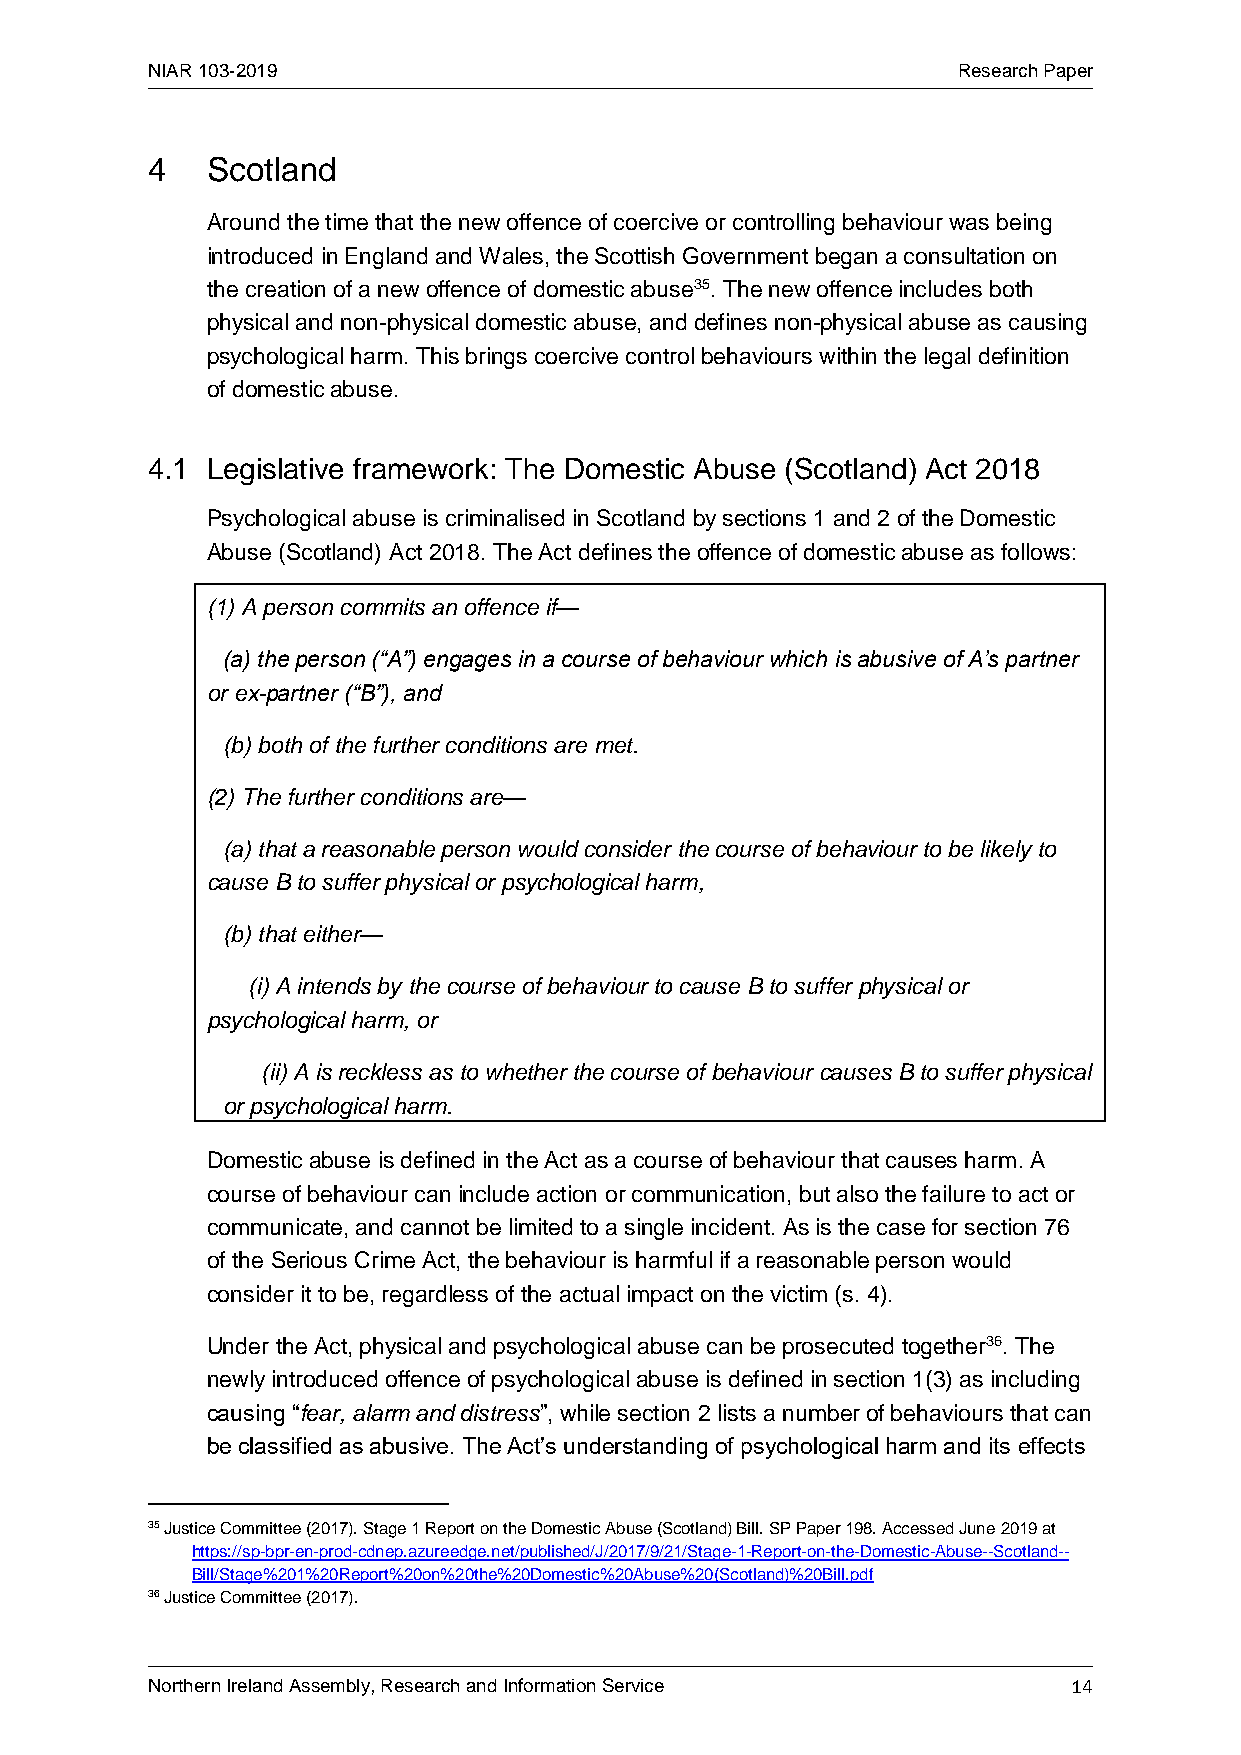
NIAR 103-2019                                        Research Paper
 4   Scotland
 Around the time that the new offence of coercive or controlling behaviour was being
 introduced in England and Wales, the Scottish Government began a consultation on
 the creation of a new offence of domestic abuse35. The new offence includes both
 physical and non-physical domestic abuse, and defines non-physical abuse as causing
 psychological harm. This brings coercive control behaviours within the legal definition
 of domestic abuse.
 4.1 Legislative framework: The Domestic Abuse (Scotland) Act 2018
 Psychological abuse is criminalised in Scotland by sections 1 and 2 of the Domestic
 Abuse (Scotland) Act 2018. The Act defines the offence of domestic abuse as follows:
 (1) A person commits an offence if—
 (a) the person (“A”) engages in a course of behaviour which is abusive of A’s partner
 or ex-partner (“B”), and
 (b) both of the further conditions are met.
 (2) The further conditions are—
 (a) that a reasonable person would consider the course of behaviour to be likely to
 cause B to suffer physical or psychological harm,
 (b) that either—
 (i) A intends by the course of behaviour to cause B to suffer physical or
 psychological harm, or
 (ii) A is reckless as to whether the course of behaviour causes B to suffer physical
 or psychological harm.
 Domestic abuse is defined in the Act as a course of behaviour that causes harm. A
 course of behaviour can include action or communication, but also the failure to act or
 communicate, and cannot be limited to a single incident. As is the case for section 76
 of the Serious Crime Act, the behaviour is harmful if a reasonable person would
 consider it to be, regardless of the actual impact on the victim (s. 4).
 Under the Act, physical and psychological abuse can be prosecuted together36. The
 newly introduced offence of psychological abuse is defined in section 1(3) as including
 causing “fear, alarm and distress”, while section 2 lists a number of behaviours that can
 be classified as abusive. The Act’s understanding of psychological harm and its effects
 35 Justice Committee (2017). Stage 1 Report on the Domestic Abuse (Scotland) Bill. SP Paper 198. Accessed June 2019 at
 https://sp-bpr-en-prod-cdnep.azureedge.net/published/J/2017/9/21/Stage-1-Report-on-the-Domestic-Abuse--Scotland--
 Bill/Stage%201%20Report%20on%20the%20Domestic%20Abuse%20(Scotland)%20Bill.pdf
 36 Justice Committee (2017).
 Northern Ireland Assembly, Research and Information Service  14